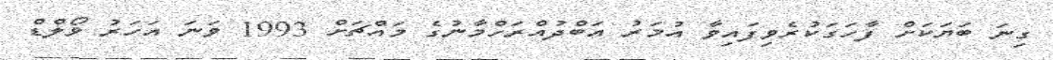
ގިނަ ބަޔަކަށް ފާހަގަކުރެވިފައިވާ އުމަރު އަބްދުއްރަހްމާނުގެ މައްޗަށް 1993 ވަނަ އަހަރު ވޯލްޑް